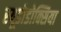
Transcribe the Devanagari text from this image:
स्यूडोडोक्सिया